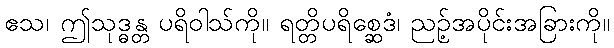
ဧသ၊ ဤသုဒ္ဓန္တ ပရိဝါသ်ကို။ ရတ္တိပရိစ္ဆေဒံ၊ ညဉ့်အပိုင်းအခြားကို။